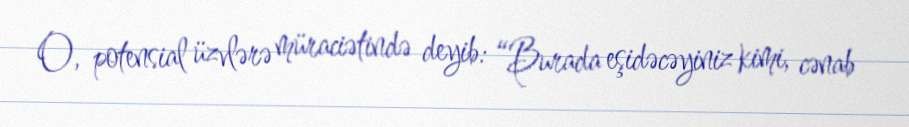
O, potensial üzvlərə müraciətində deyib: “Burada eşidəcəyiniz kimi, cənab